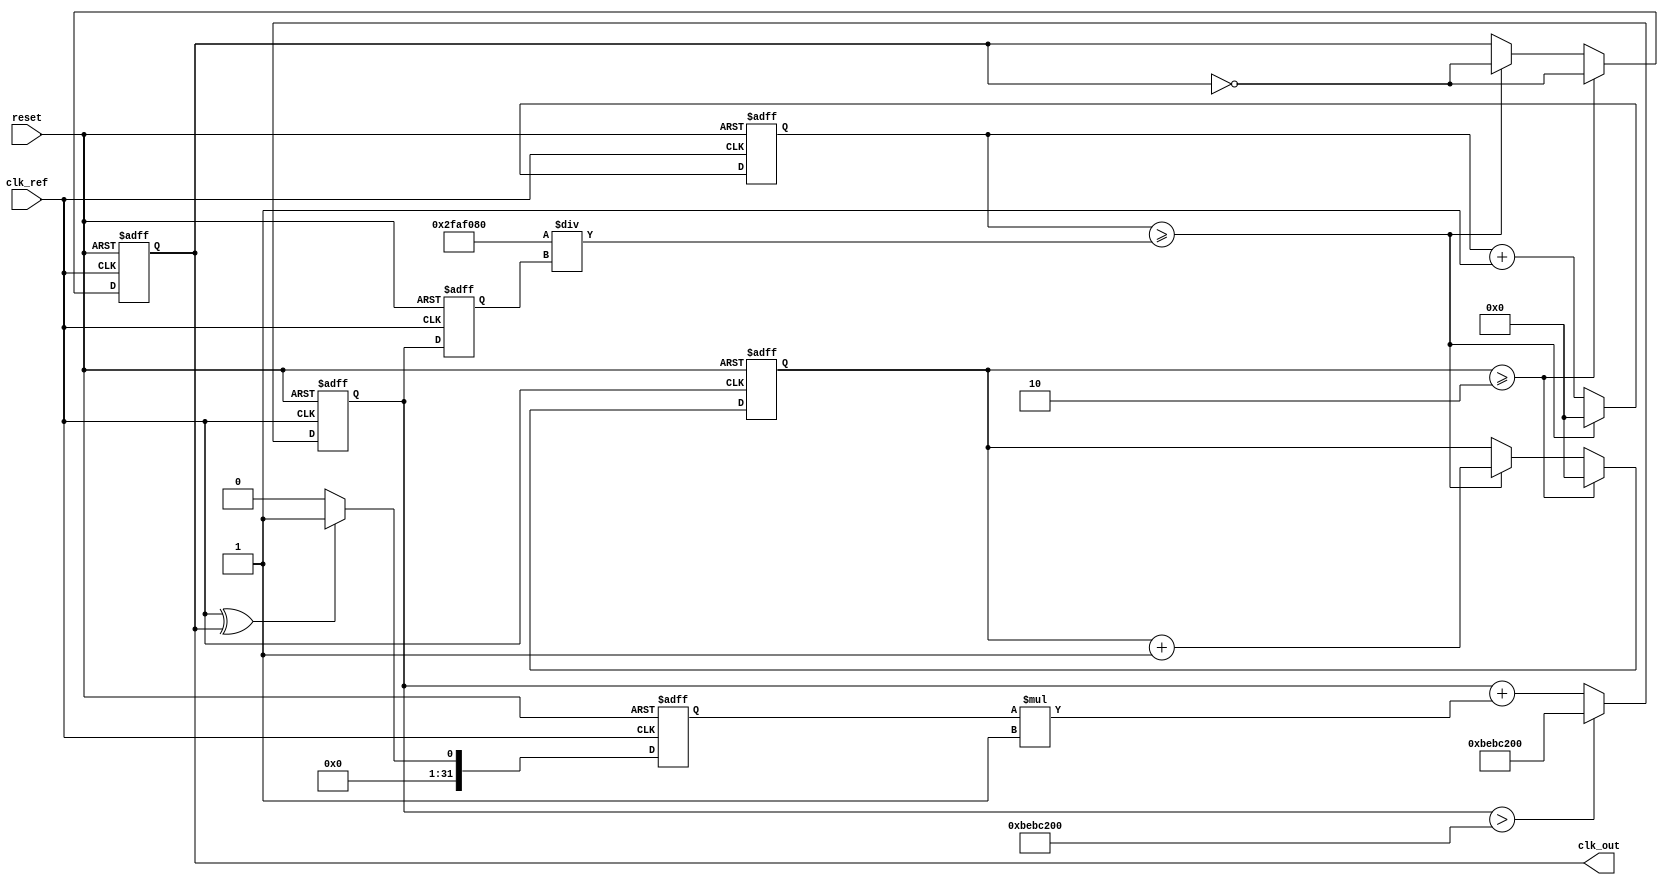
module parameterized_PLL #(
    parameter F_REF = 50_000_000, // Reference frequency in Hz
    parameter F_OUT = 100_000_000, // Desired output frequency in Hz
    parameter N = F_OUT / F_REF, // Division ratio
    parameter LOOP_FILTER_GAIN = 1, // Gain for the loop filter
    parameter VCO_MAX_FREQ = 200_000_000 // Maximum frequency for VCO
)(
    input wire clk_ref, // Reference clock input
    input wire reset, // Reset signal
    output reg clk_out // Output clock
);

    // Internal signals
    reg [31:0] phase_error; // Phase error signal
    reg [31:0] control_voltage; // Control voltage for VCO
    reg [31:0] vco_freq; // Current frequency of VCO
    reg [31:0] counter; // Counter for generating output clock
    reg [31:0] divider_count; // Divider count for output clock

    // Phase Detector (PD)
    always @(posedge clk_ref or posedge reset) begin
        if (reset) begin
            phase_error <= 0;
        end else begin
            // Simple phase detector using XOR
            phase_error <= (clk_ref ^ clk_out) ? 1 : 0;
        end
    end

    // Loop Filter (LF)
    always @(posedge clk_ref or posedge reset) begin
        if (reset) begin
            control_voltage <= 0;
        end else begin
            // Simple proportional control
            control_voltage <= control_voltage + (phase_error * LOOP_FILTER_GAIN);
            // Limit control voltage to VCO tuning range
            if (control_voltage > VCO_MAX_FREQ) begin
                control_voltage <= VCO_MAX_FREQ;
            end
        end
    end

    // Voltage-Controlled Oscillator (VCO)
    always @(posedge clk_ref or posedge reset) begin
        if (reset) begin
            vco_freq <= F_REF; // Start at reference frequency
        end else begin
            // Adjust VCO frequency based on control voltage
            vco_freq <= control_voltage;
        end
    end

    // Output Clock Generation and Divider
    always @(posedge clk_ref or posedge reset) begin
        if (reset) begin
            clk_out <= 0;
            counter <= 0;
            divider_count <= 0;
        end else begin
            // Generate output clock based on VCO frequency
            counter <= counter + 1;
            if (counter >= (F_REF / vco_freq)) begin
                clk_out <= ~clk_out; // Toggle output clock
                counter <= 0;
                divider_count <= divider_count + 1;
            end
            // Divide the output clock by N
            if (divider_count >= N) begin
                divider_count <= 0;
                clk_out <= ~clk_out; // Toggle output clock
            end
        end
    end

endmodule